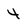
Character: 4